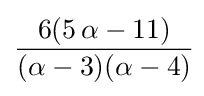
{\frac {6(5\,\alpha -11)}{(\alpha -3)(\alpha -4)}}\!